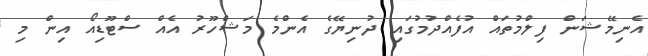
އެނިމޭޝަން ފިލްމުތައް އުފެއްދުމުގައި ދުނިޔޭގެ އެންމެ މަޝްހޫރު އެއް ސްޓޫޑިއޯ އިން މި